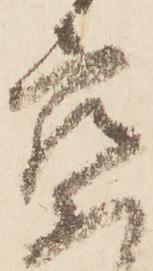
察